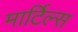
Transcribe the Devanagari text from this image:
मार्टिल्स